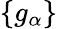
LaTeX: \{ g_{\alpha}\}